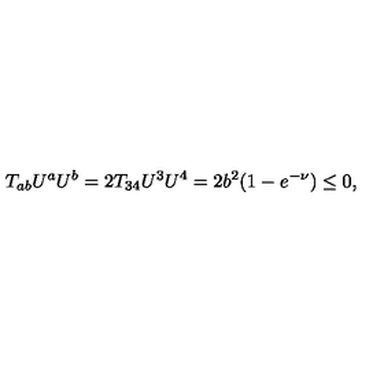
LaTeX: T _ { a b } U ^ { a } U ^ { b } = 2 T _ { 3 4 } U ^ { 3 } U ^ { 4 } = 2 b ^ { 2 } ( 1 - e ^ { - \nu } ) \le 0 ,